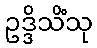
ဥဒ္ဒိသိံသု